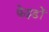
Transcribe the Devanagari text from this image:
फेइडों